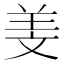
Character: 𦍡